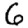
Digit: 6